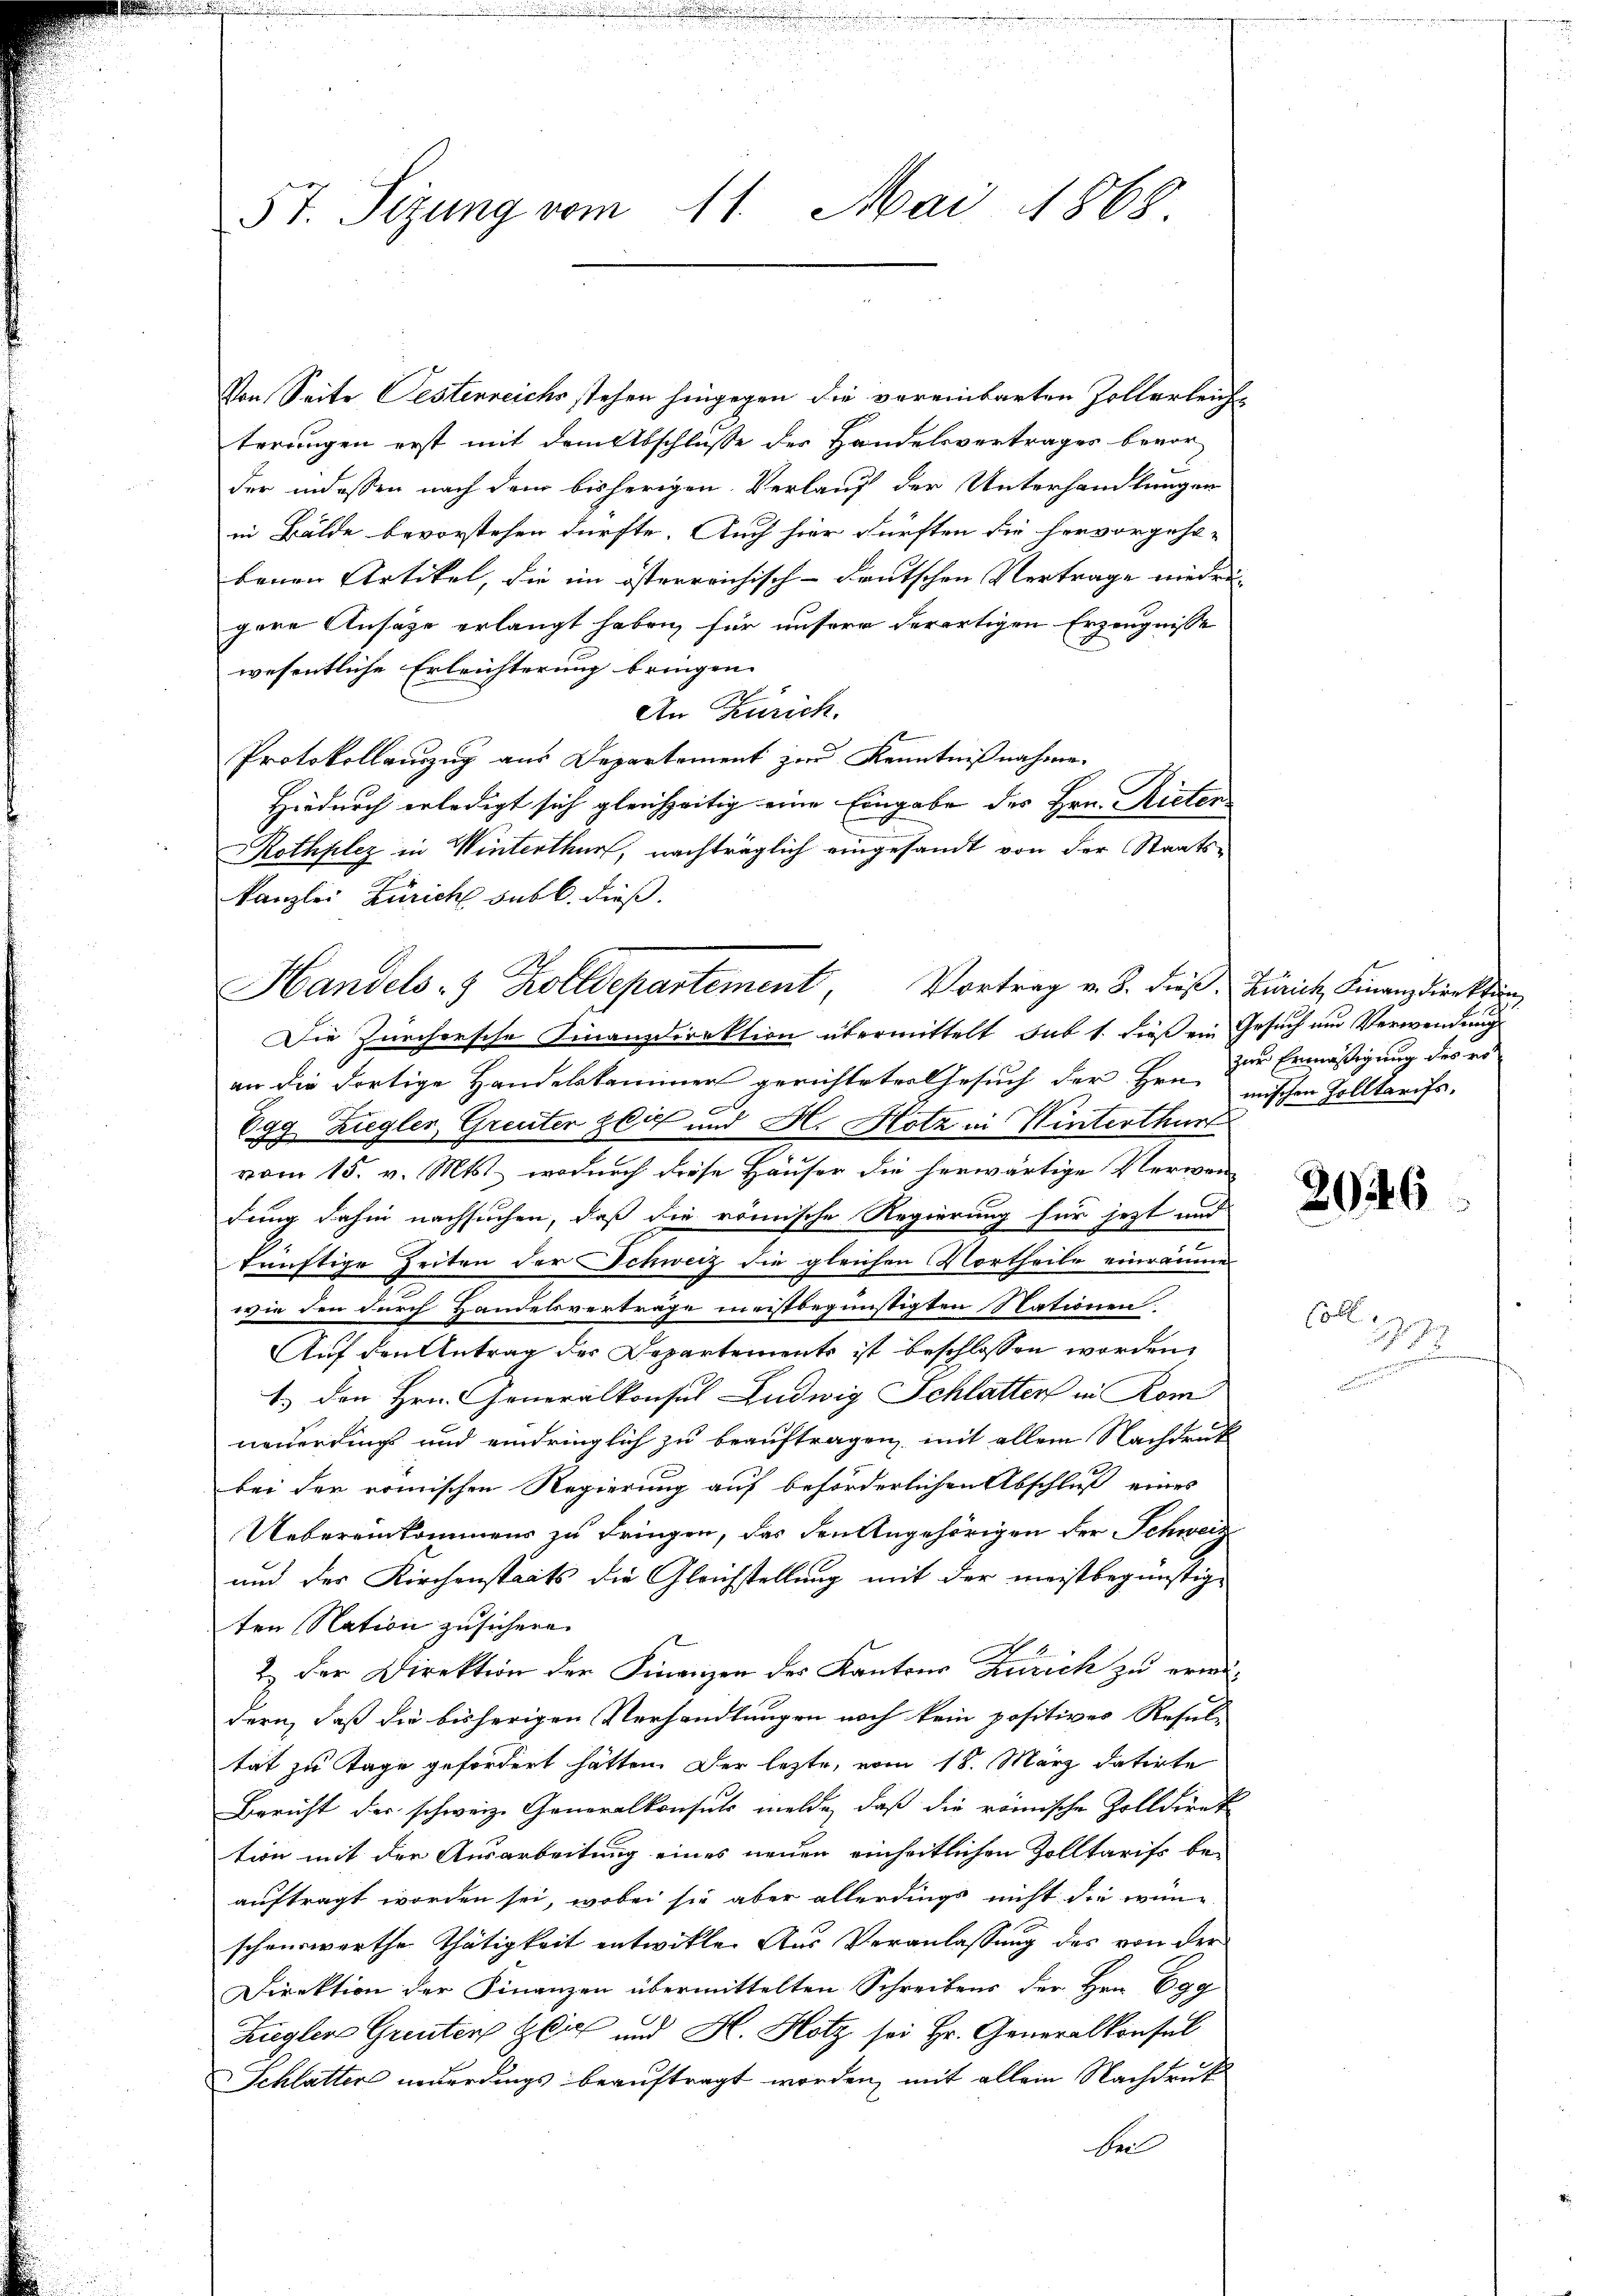
5t. Sizung vom 11. Mai 1868.

Von Seite Oestenreichs stehen hingegen die vereinbarten Zollerleiche
terungen erst mit dem Abschlusse der Handelsvertrages bevorder indessen nach dem bisherigen Verlang der Unterhandlungen
in Bälde bevorstehen dürfte. Auch hier dürften die hervorgeho-
benen Artikel, die im österreichisch-deutschen Vertrage niedri- |
gere Ansage erlangt haben, für unsere derartigen Erzeugnisse
wesentliche Erleichterung bringen.
An Zürich.
Protokollauszug aus Departement zur Kenntnißnahme.
Hiedurch erledigt sich gleichzeitig eine Eingabe der Hrn. Rieten
Rothplez in Winterthur, nachträglich eingesandt von der Staatskanzlei Zürich sub b. dieß.
Die Zürchersche Finanzdirektion übermittelt sub 1. dieß ein Gesuch um Verwendung
an die dortige Handelskammer gerichteter Gesuch der Hrn. mischen Zolltarifs-
.
Egg Ziegler Greuter glich und H. Hotz in Winterthurt
vom 15. v. Mts., wodurch diese Häuser die herwärtige Verwan
fung dahin nachsuchen, daß die römische Regierung für jetzt und
künftige Zeiten der Schweiz die gleichen Vortheile einräume
wie den durch Handelsvertrage meistbegünstigten Nationen.
Auf den Antrag der Departements ist beschlossen worden,
1.) Den Hrn. Generalkonsul Ludwig Schlatter in Rom
neuerdings und eindringlich zu beauftragen, mit allem Nachdruk
bei der römischen Regierung auf beförderlichen Abschluß eines
Uebereinkommens zu bringen, das den Angehörigen der Schweiz
und der Kirchenstets die Gleichstellung mit der meistbegünstige
ten Nation zusichern.
2. Der Direktion der Finanzen des Kantons Zürich zu erweidern, daß die bisherigen Verhandlungen noch kein positives Resul-
tat zu Tage gefordert hätten. Der lezte, vom 18. März datirte
Bericht der schweiz. Generalkonsuls melde, daß die römische Zolldirek
tion mit der Ausarbeitung eines neuen einheitlichen Zolltarifs be-
auftragt worden sei, wobei sie aber allerdings nicht die wün-
schenswerthe Thätigkeit entwickle. Aus Veranlassung des von der
Direktion der Finanzen übermittelten Schreibens der Hrn. Egg
Zügler Greuter Zeit und H. Hotz sei Hr. Generalkonsul
Schlatter neuerdings beauftragt worden, mit allem Nachdruck
be

Handels- & Zolldepartement, Vortrag v. J. dieß: Zürich Finanzdirekti

zur Ermäßigung des rot

2046

Coll